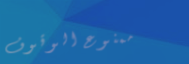
ممنوع الوقوف